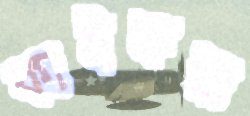
কাইফরা